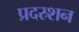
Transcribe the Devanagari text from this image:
प्रदस्र्शन